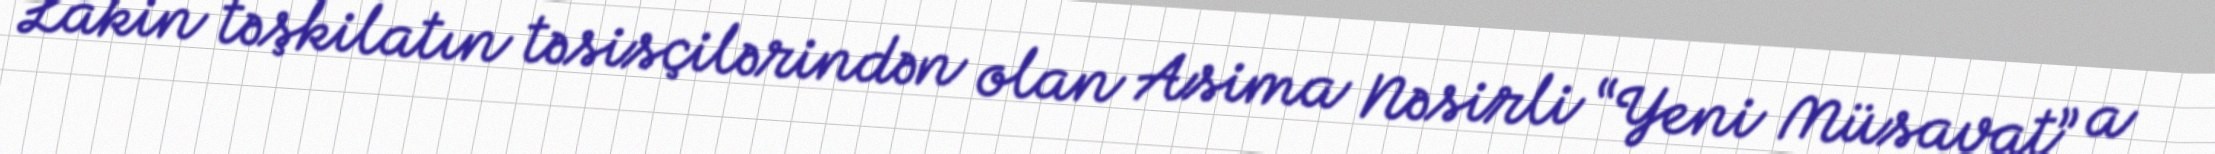
Lakin təşkilatın təsisçilərindən olan Asima Nəsirli “Yeni Müsavat” a